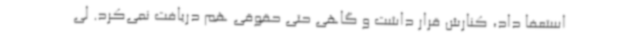
استعفا داد، کنارش قرار داشت و گاهی حتی حقوقی هم دریافت نمی‌کرد. لی